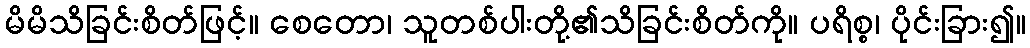
မိမိသိခြင်းစိတ်ဖြင့်။ စေတော၊ သူတစ်ပါးတို့၏သိခြင်းစိတ်ကို။ ပရိစ္စ၊ ပိုင်းခြား၍။